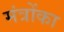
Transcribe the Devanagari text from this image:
मंत्रोंका